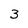
Character: 3